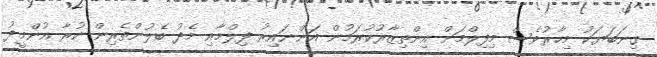
ގިނަބަޔަކު މިހާރުވެސް މިފިލްމަށް އިންތިޒާރުކުރަމުން އަންނައިރު ފިލްމާއި މެދު ބެލުންތެރިން ކުރާ އުންމީދު